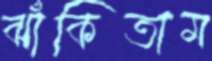
ঝাঁকিতাম